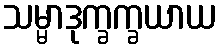
သမ္မာဒုက္ခက္ခယာယ